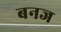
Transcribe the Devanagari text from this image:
बनज